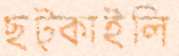
ছট্‌কাইলি